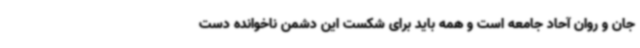
جان و روان آحاد جامعه است و همه باید برای شکست این دشمن ناخوانده دست